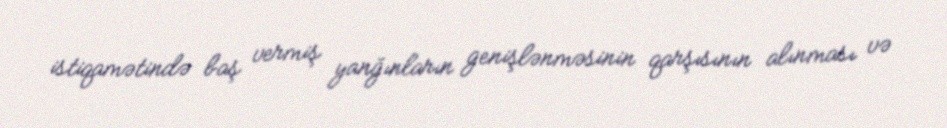
istiqamətində baş vermiş yanğınların genişlənməsinin qarşısının alınması və